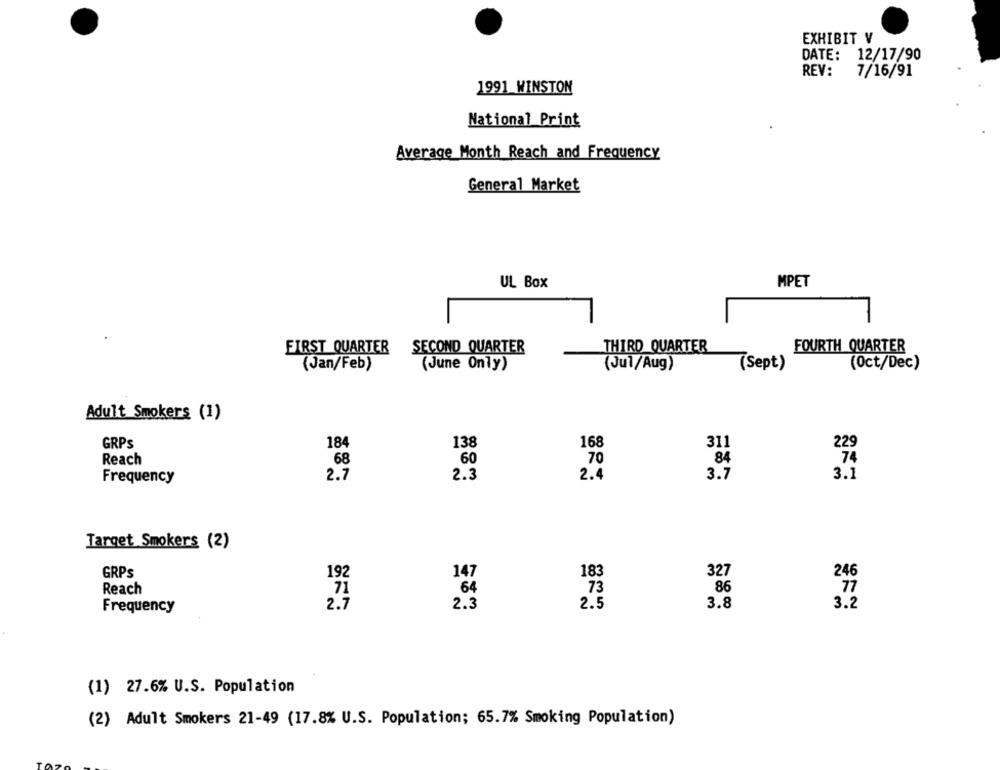
EXHIBIT V
DATE:
12/17/90
REV:
7/16/91
1991 WINSTON
National Print
Average Month Reach and Frequency
General Market
UL Box
MPET
FIRST QUARTER SECOND QUARTER
THIRD QUARTER
FOURTH QUARTER
(Jan/Feb)
(June Only)
(Jul/Aug
(Sept)
(Oct/Dec)
Adult Smokers (1)
GRPS
184
138
168
311
229
Reach
68
60
70
84
74
2.7
2.3
2.4
3.7
3.1
Frequency
Target Smokers (2)
GRPS
192
147
183
327
246
Reach
71
64
73
86
77
2.7
2.3
2.5
3.8
3.2
Frequency
(1) 27.6% U.S. Population
(2) Adult Smokers 21-49 (17.8% U.S. Population; 65.7% Smoking Population)